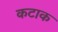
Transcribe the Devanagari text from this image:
कटाक